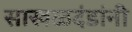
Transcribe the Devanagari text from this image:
साखळदंडांनी